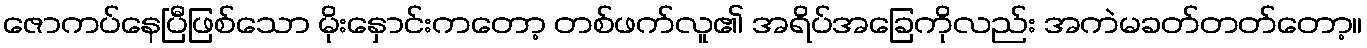
ဇောကပ်နေပြီဖြစ်သော မိုးနှောင်းကတော့ တစ်ဖက်လူ၏ အရိပ်အခြေကိုလည်း အကဲမခတ်တတ်တော့။